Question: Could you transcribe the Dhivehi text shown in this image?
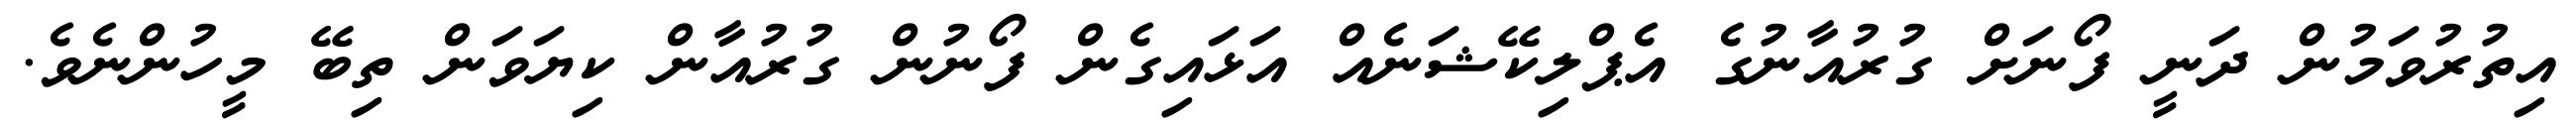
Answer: އިތުރުވަމުން ދަނީ ފޯނަށް ގުރުއާނުގެ އެޕްލިކޭޝަނެއް އަޅައިގެން ފޯނުން ގުރުއާން ކިޔަވަން ތިބޭ މީހުންނެވެ.